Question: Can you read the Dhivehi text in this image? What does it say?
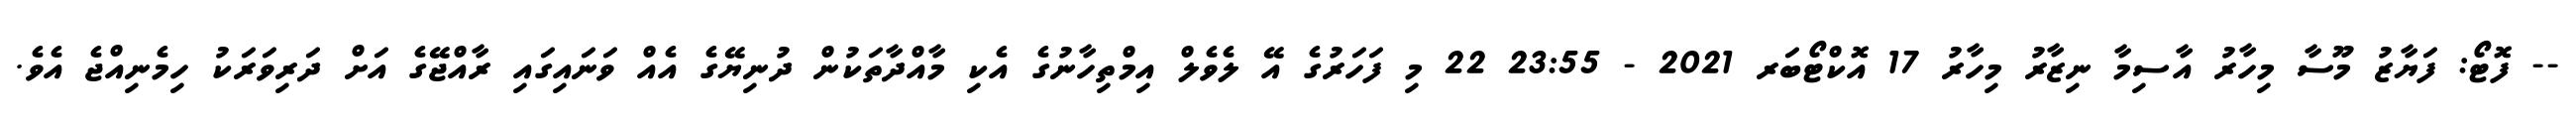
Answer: -- ފޮޓޯ: ފަޔާޒު މޫސާ މިހާރު އާސިމާ ނިޒާރު މިހާރު 17 އޮކްޓޯބަރ 2021 - 23:55 22 މި ފަހަރުގެ އޭ ލެވެލް އިމްތިހާނުގެ އެކި މާއްދާތަކުން ދުނިޔޭގެ އެއް ވަނައިގައި ރާއްޖޭގެ އަށް ދަރިވަރަކު ހިމެނިއްޖެ އެވެ.